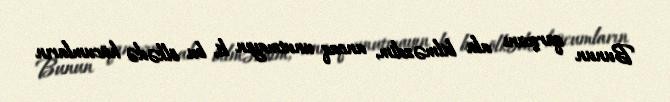
Bunun qarşısını ala bilməzdim, ancaq unutmayın ki, bu ölkədə hücumların